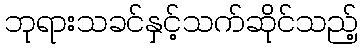
ဘုရားသခင်နှင့်သက်ဆိုင်သည့်